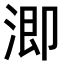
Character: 𣹜